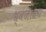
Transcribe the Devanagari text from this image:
ध्वजाश्रय